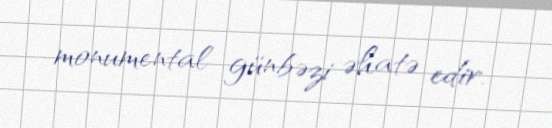
monumental günbəzi əhatə edir.